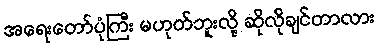
အရေးတော်ပုံကြီး မဟုတ်ဘူးလို့ ဆိုလိုချင်တာလား